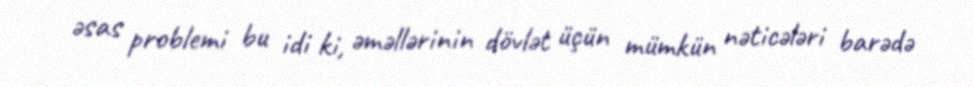
əsas problemi bu idi ki, əməllərinin dövlət üçün mümkün nəticələri barədə